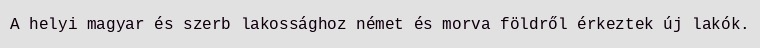
A helyi magyar és szerb lakossághoz német és morva földről érkeztek új lakók.